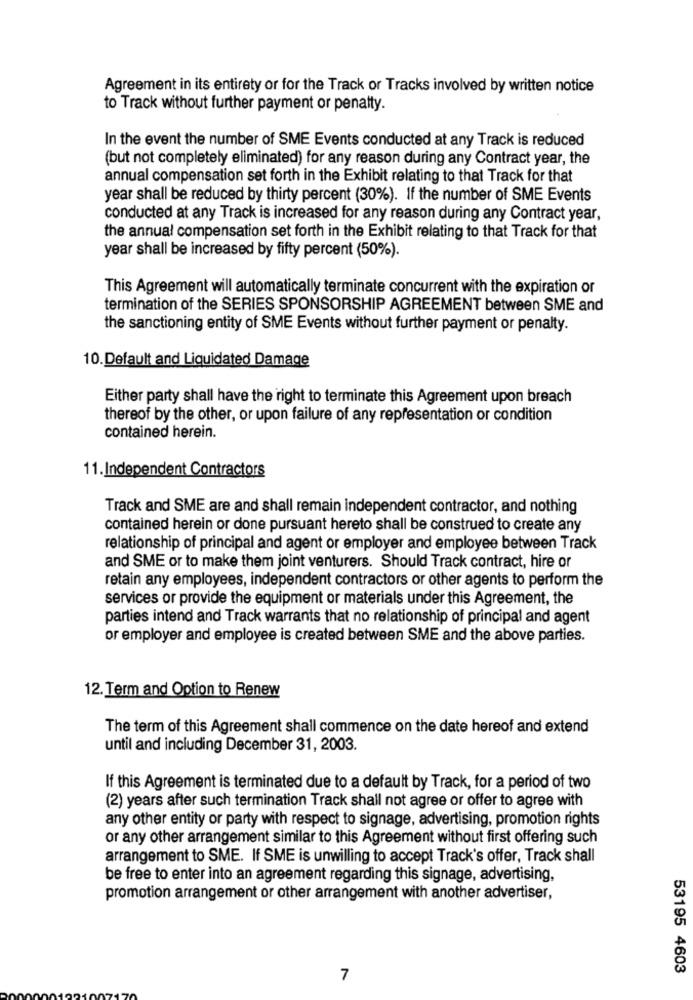
Agreement in its entirety or for the Track or Tracks involved by written notice
to Track without further payment or penatty.
In the event the number of SME Events conducted at any Track is reduced
(but not completely eliminated) for any reason during any Contract year, the
annual compensation set forth in the Exhibit relating to that Track for that
year shall be reduced by thirty percent (30%). If the number of SME Events
conducted at any Track is increased for any reason during any Contract year,
the annual compensation set forth in the Exhibit relating to that Track for that
year shall be increased by fifty percent (50%).
This Agreement will automatically terminate concurrent with the expiration or
termination of the SERIES SPONSORSHIP AGREEMENT between SME and
the sanctioning entity of SME Events without further payment or penalty.
10.Default and Liquidated Damage
Either party shall have the right to terminate this Agreement upon breach
thereof by the other, or upon failure of any representation or condition
contained herein.
11. Independent Contractors
Track and SME are and shall remain independent contractor, and nothing
contained herein or done pursuant hereto shall be construed to create any
relationship of principal and agent or employer and employee between Track
and SME or to make them joint venturers. Should Track contract, hire or
retain any employees, independent contractors or other agents to perform the
services or provide the equipment or materials under this Agreement, the
parties intend and Track warrants that no relationship of principal and agent
or employer and employee is created between SME and the above parties.
12. Term and Option to Renew
The term of this Agreement shall commence on the date hereof and extend
until and including December 31, 2003.
If this Agreement is terminated due to a default by Track, for a period of two
(2) years after such termination Track shall not agree or offer to agree with
any other entity or party with respect to signage, advertising, promotion rights
or any other arrangement similar to this Agreement without first offering such
arrangement to SME. If SME is unwilling to accept Track's offer, Track shall
be free to enter into an agreement regarding this signage, advertising,
promotion arrangement or other arrangement with another advertiser,
53195 4603
7